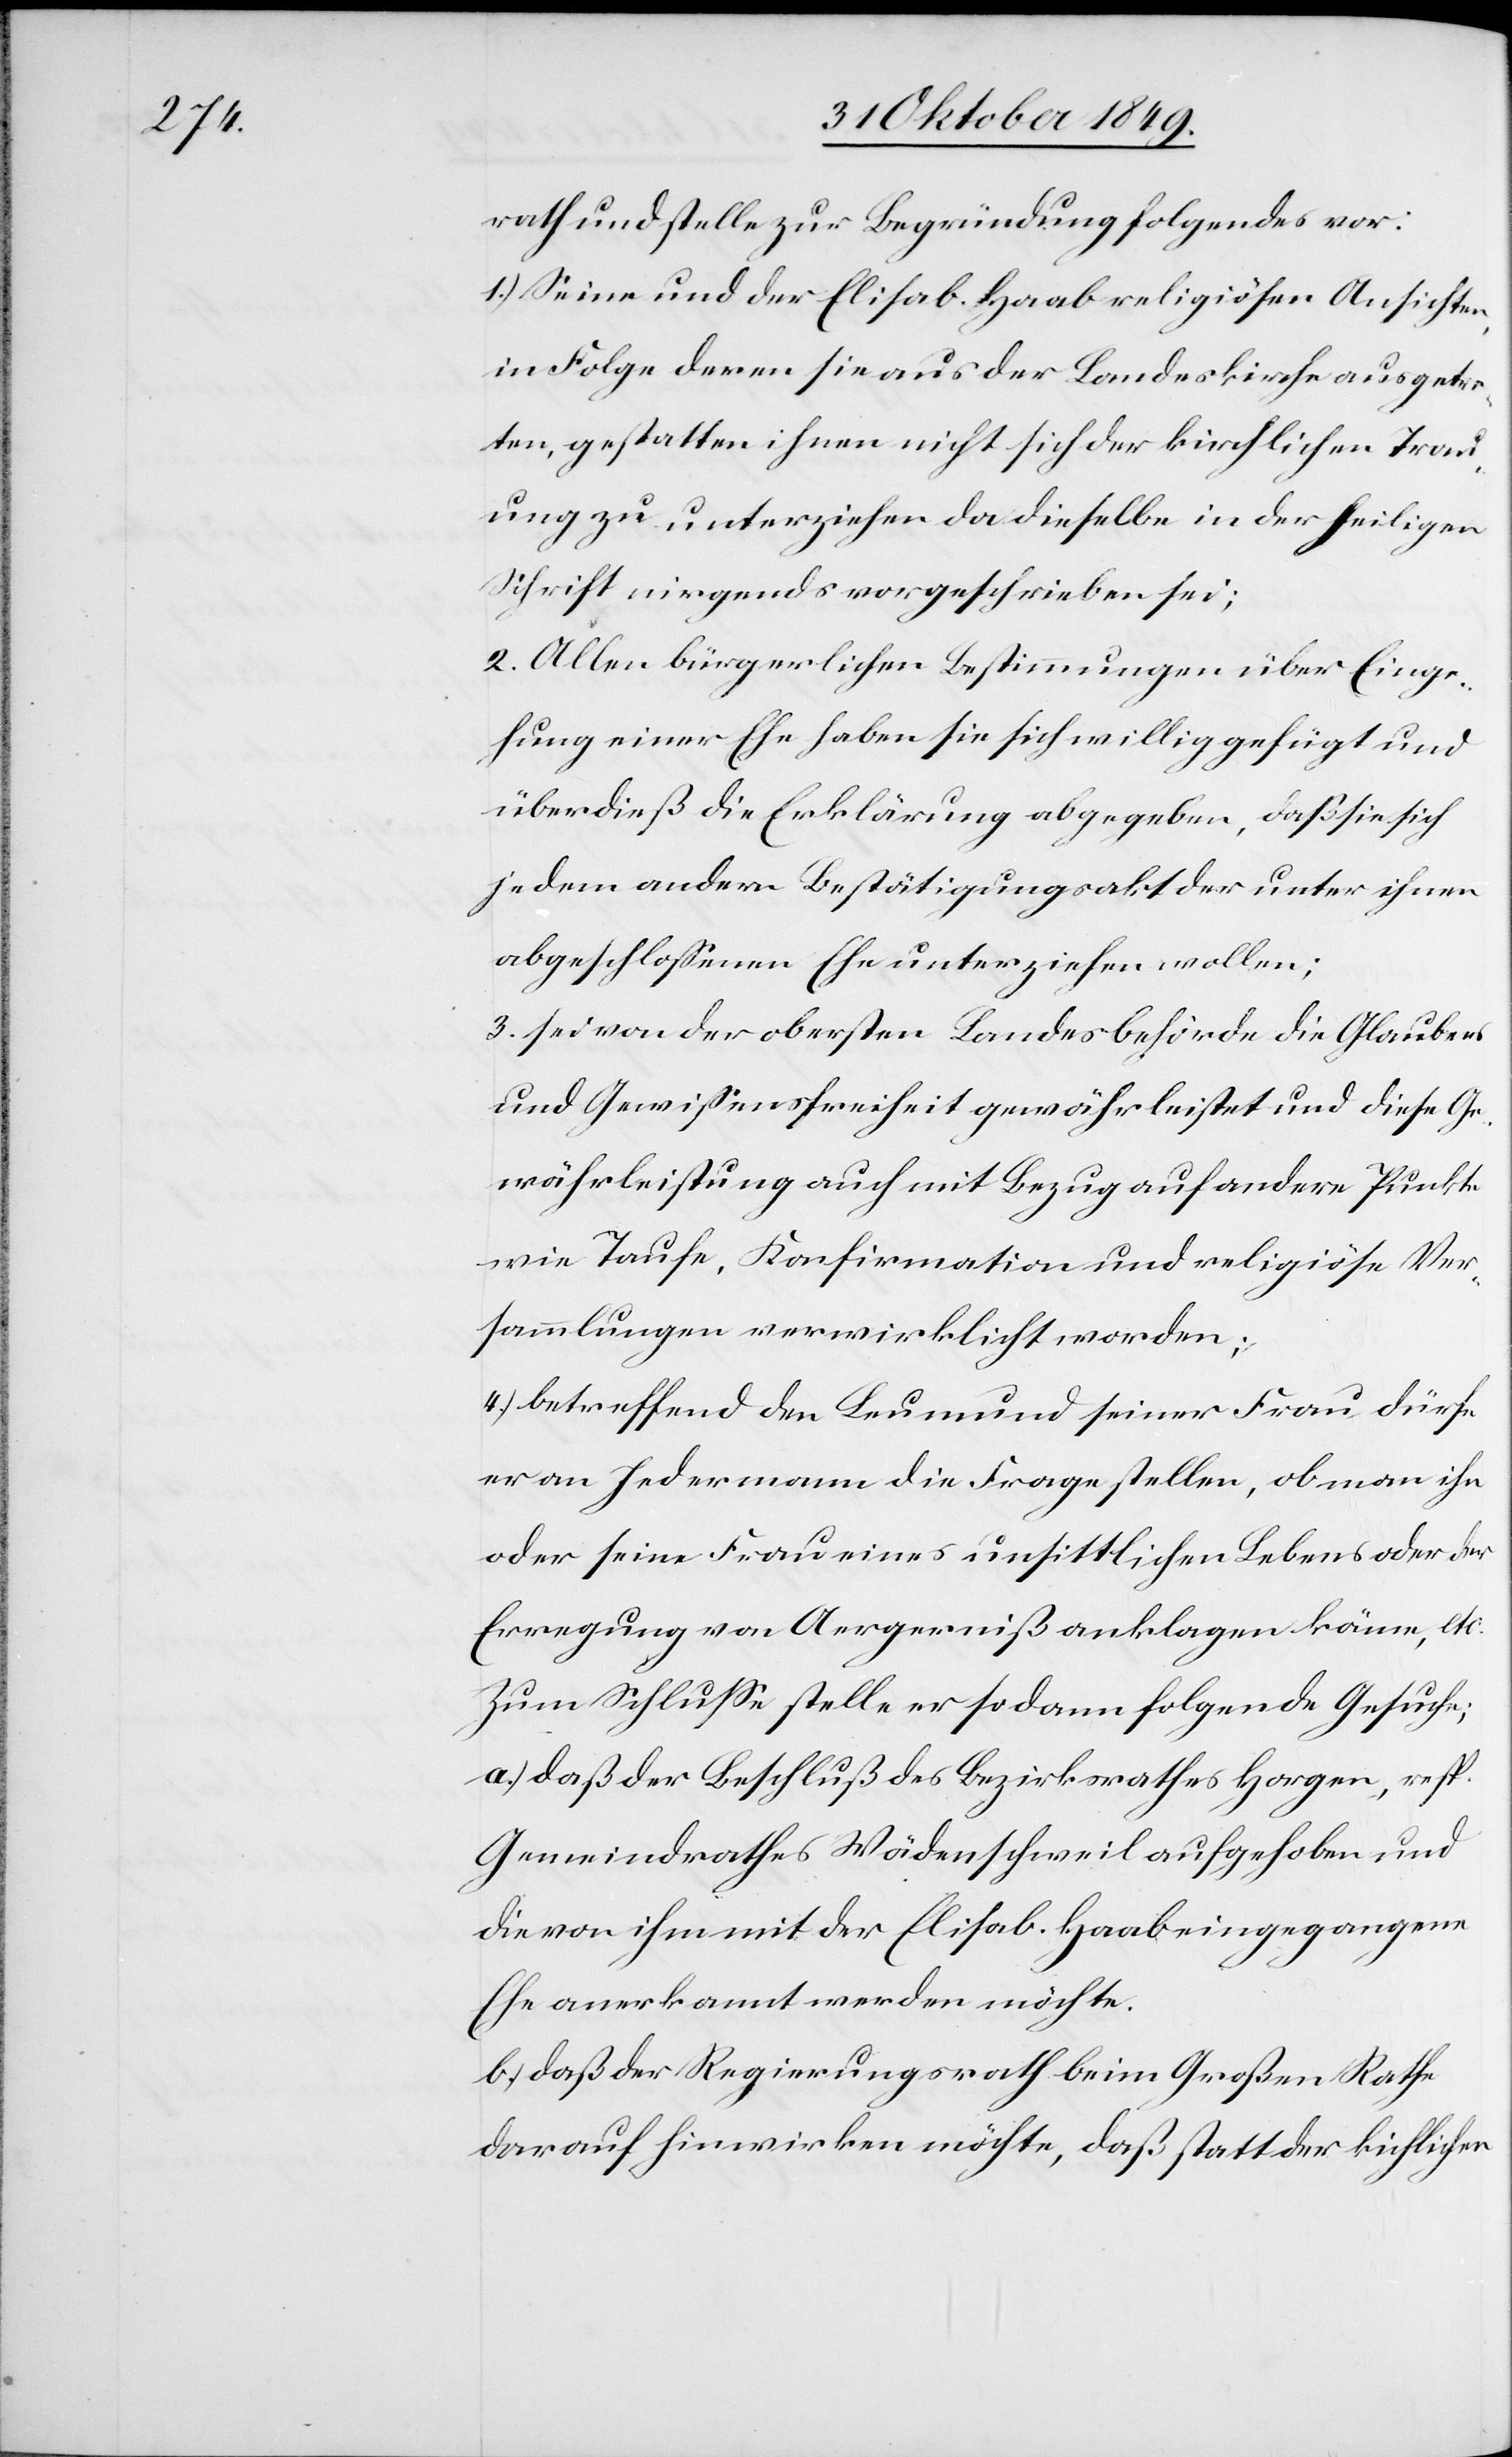
rath und stelle zur Begründung folgendes vor:
1.) Seine und der Elisab. Haab religiösen Ansichten,
in Folge deren sie aus der Landeskirche ausgetre¬
ten, gestatten ihnen nicht sich der kirchlichen Trau¬
ung zu unterziehen da dieselbe in der heiligen
Schrift nirgends vorgeschrieben sei;
2. Alle bürgerlichen Bestimmungen über Einge¬
hung einer Ehe haben sie sich willig gefügt und
überdieß die Erklärung abgegeben, daß sie sich
jedem andern Bestätigungsakt der unter ihnen
abgeschloßenen Ehe unterziehen wollen;
3. sei von der obersten Landesbehörde die Glaubens
und Gewißensfreiheit gewährleistet und diese Ge¬
währleistung auch mit Bezug auf andere Punkte
wie Taufe, Konfirmation und religiöse Ver¬
sammlungen verwirklicht worden;
4.) betreffend den Leumund seiner Frau, dürfe
er an Jedermann die Frage stellen, ob man ihn
oder seine Frau eines unsittlichen Lebens oder der
Erregung von Aergerniß anklagen könne, etc:
Zum Schluße stelle er so dann folgende Gesuche;
a) daß der Beschluß des Bezirksrathes Horgen, resp.
Gemeindrathes Wädenschweil aufgehoben und
die von ihm mit der Elisab. Haab eingegangene
Ehe anerkannt werden möchte.
b) daß der Regierungsrath beim Großen Rathe
darauf hinwirken möchte, daß statt der kirchlichen